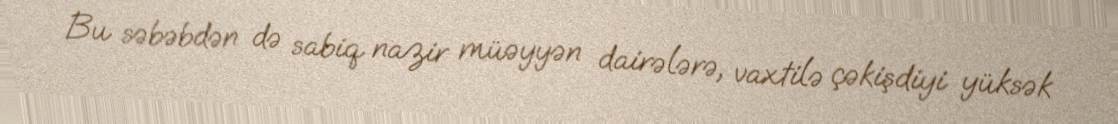
Bu səbəbdən də sabiq nazir müəyyən dairələrə, vaxtilə çəkişdiyi yüksək